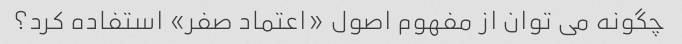
چگونه می توان از مفهوم اصول «اعتماد صفر» استفاده کرد؟